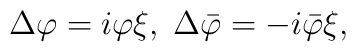
\Delta \varphi =i\varphi \xi ,\;\Delta \bar{\varphi}=-i\bar{\varphi}\xi ,